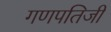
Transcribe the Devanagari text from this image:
गणपतिजी